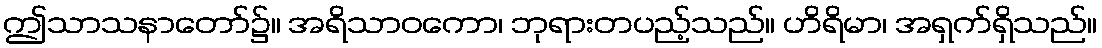
ဤသာသနာတော်၌။ အရိသာဝကော၊ ဘုရားတပည့်သည်။ ဟိရိမာ၊ အရှက်ရှိသည်။